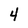
Character: 4